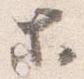
等